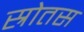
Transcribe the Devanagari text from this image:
स्रोतस